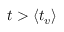
t > { \ensuremath { \left\langle t _ { v } \right\rangle } }